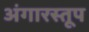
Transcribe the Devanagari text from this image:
अंगारस्तूप